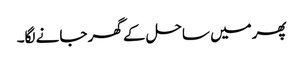
پھرمیں ساحل کے گھر جانے لگا۔